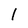
Character: 1